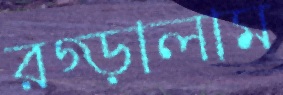
রগ্‌ড়ালাম